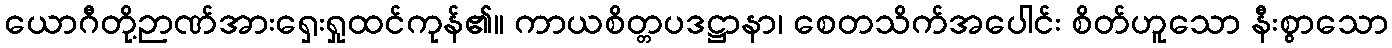
ယောဂီတို့ဉာဏ်အားရှေးရှုထင်ကုန်၏။ ကာယစိတ္တပဒဋ္ဌာနာ၊ စေတသိက်အပေါင်း စိတ်ဟူသော နီးစွာသော